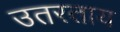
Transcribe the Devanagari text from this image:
उतरताय